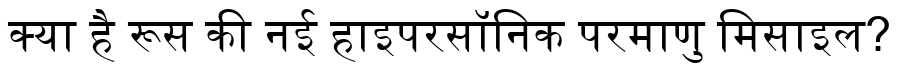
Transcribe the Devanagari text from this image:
क्या है रूस की नई हाइपरसॉनिक परमाणु मिसाइल?